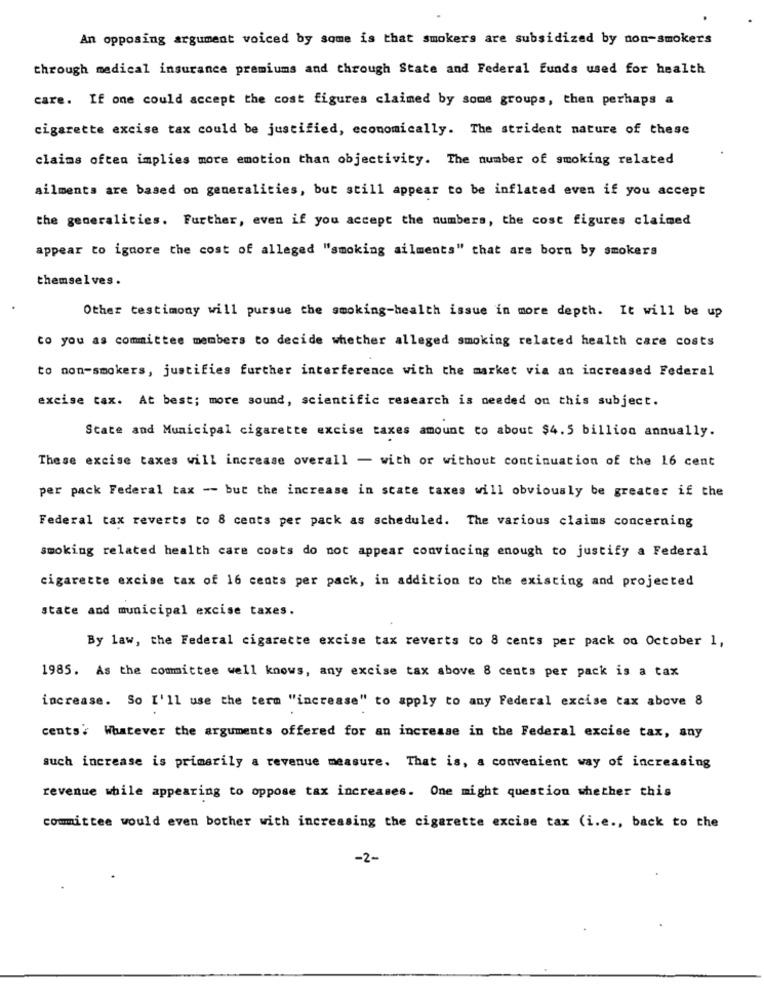
An opposing argument voiced by some is that smokers are subsidized by non-smokers
through medical insurance premiums and through State and Federal funds used for health
care. If one could accept the cost figures claimed by some groups, then perhaps a
cigarette excise tax could be justified, economically. The strident nature of these
claims often implies more emotion than objectivity. The number of smoking related
ailments are based on generalities, but still appear to be inflated even if you accept
the generalities. Further, even if you accept the numbers, the cost figures claimed
appear to ignore the cost of alleged "smoking ailments" that are born by smokers
themselves.
Other testimony will pursue the smoking-health issue in more depth. It will be up
Co you as committee members to decide whether alleged smoking related health care costs
to non-smokers, justifies further interference with the market via an increased Federal
excise tax. At best; more sound, scientific research is needed on this subject.
State and Municipal cigarette excise taxes amount to about $4.5 billion annually.
These excise taxes will increase overall - with or without continuation of the 16 cent
per pack Federal tax -- but the increase in state taxes will obviously be greater if the
Federal tax reverts to 8 cents per pack as scheduled. The various claims concerning
smoking related health care costs do not appear convincing enough to justify a Federal
cigarette excise tax of 16 cents per pack, in addition to the existing and projected
state and municipal excise taxes.
By law, the Federal cigarette excise tax reverts to 8 cents per pack on October 1,
1985. As the committee well knows, any excise tax above 8 cents per pack is a tax
increase. So I'll use the term "increase" to apply to any Federal excise tax above 8
cents? Whatever the arguments offered for an increase in the Federal excise tax, any
such increase is primarily a revenue measure. That is, a convenient way of increasing
revenue while appearing to oppose tax increases. One might question whether this
committee would even bother with increasing the cigarette excise tax (i.e ., back to the
-2-